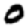
Digit: 0